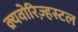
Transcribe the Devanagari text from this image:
क्र्यवोरिज़्हस्टल